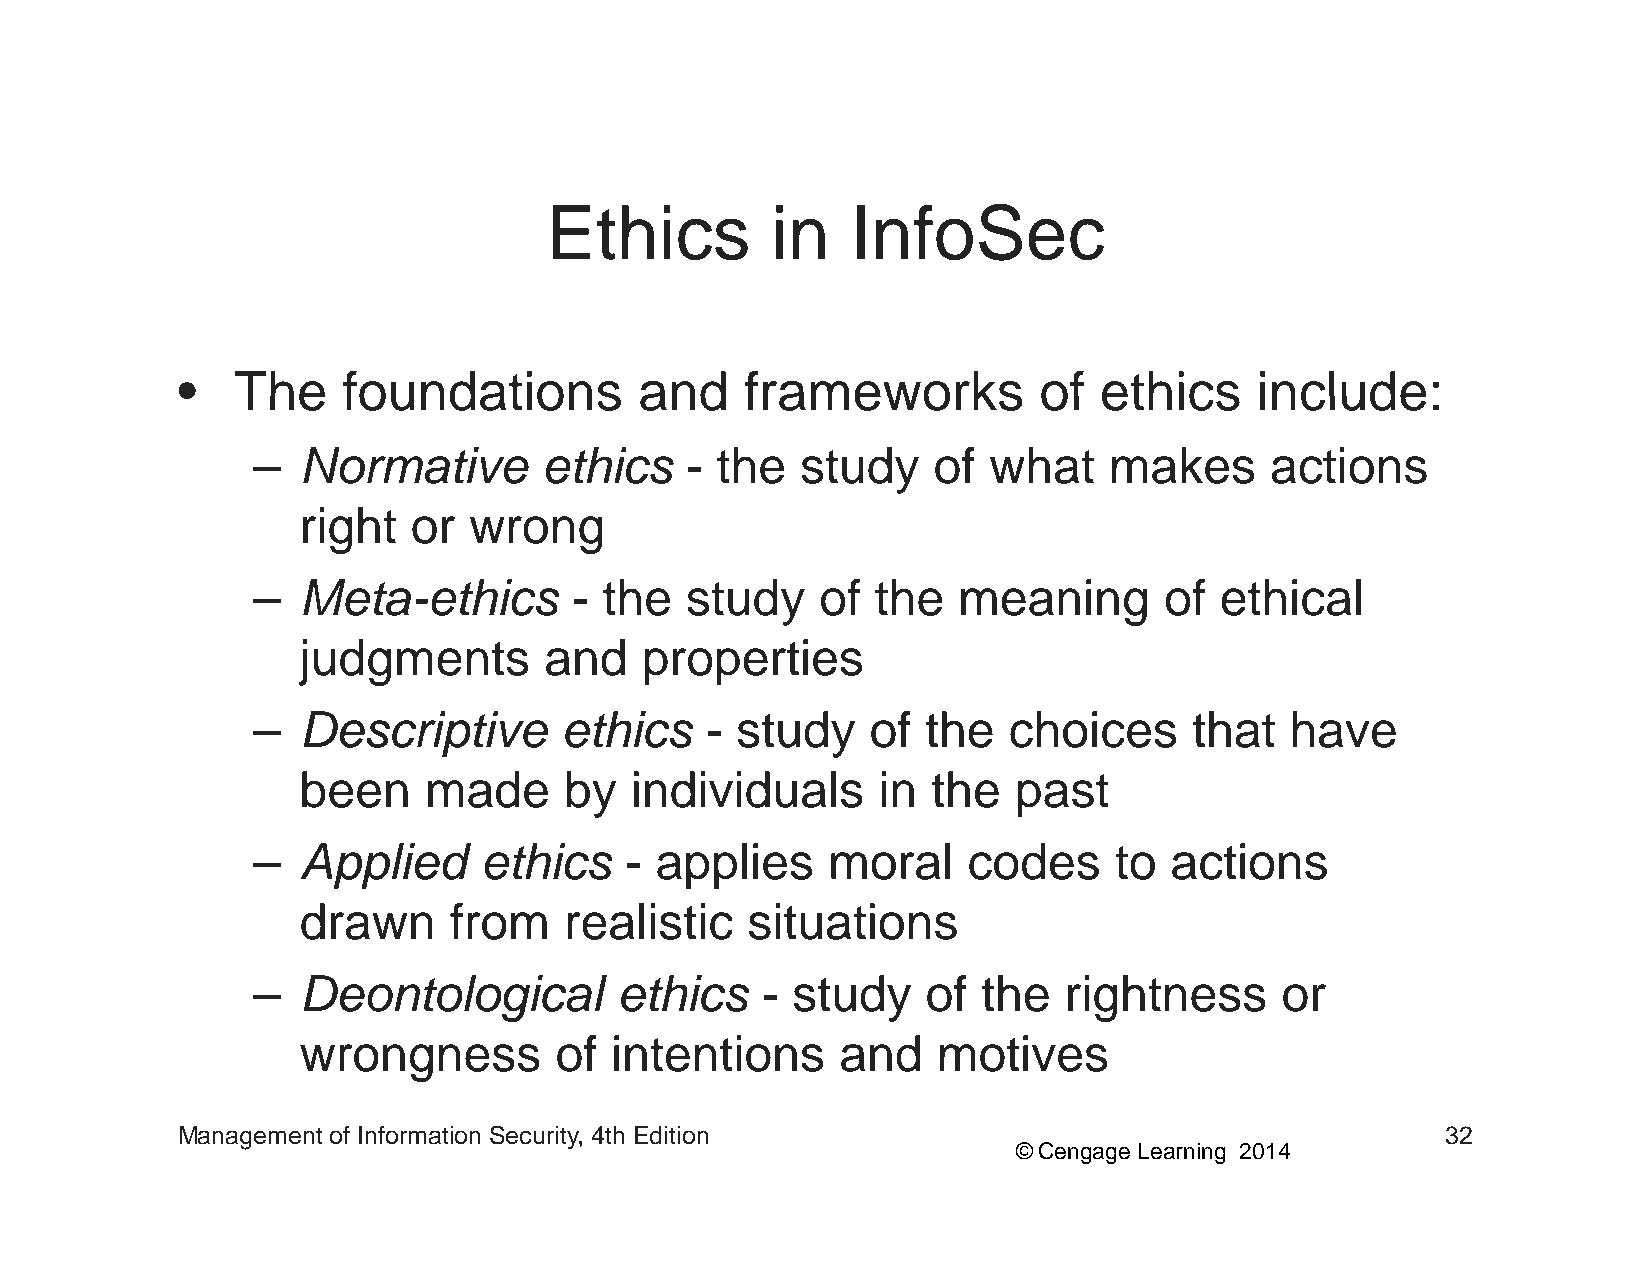
EEtthhiiccss   iinn IInnffooSSeecc
 •• TThhee  ffoouunnddaattiioonnss aanndd ffrraammeewwoorrkkss ooff eetthhiiccss iinncclluuddee::
 –  Normative       ethics   - the   study    of what    makes      actions
 right  or  wrong
 –  Meta-ethics       - the  study    of  the  meaning       of  ethical
 judgments       and   properties
 –  DDescriipttiive  etthhiics - sttuddy  off tthhe chhoiices  tthhatt hhave
 been    made     by   individuals     in  the  past
 –  AApppplliieedd eetthhiiccss - aapppplliieess mmoorraall ccooddeess ttoo aaccttiioonnss
 drawn     from   realistic   situations
 –  Deontological        ethics   - study    of  the  rightness      or
 wrongness        off iinttenttiions andd  mottiives
 Management of Information Security, 4th Edition                                     32
 © Cengage Learning 2014